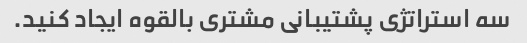
سه استراتژی پشتیبانی مشتری بالقوه ایجاد کنید.